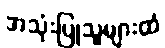
အသုံးပြုသူများထံ